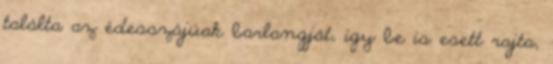
találta az édesszájúak barlangját, így be is esett rajta,